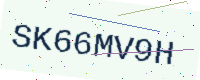
Text: SK66MV9H